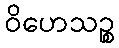
ဝိဟေသဉ္စ